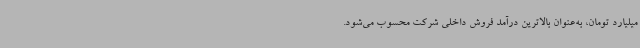
میلیارد تومان، به‌عنوان بالاترین درآمد فروش داخلی شرکت محسوب می‌شود.